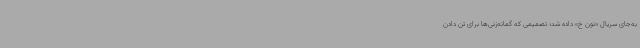
به‌جای سریال «نون خ» داده شد؛ تصمیمی که گمانه‌زنی‌ها برای تن دادن